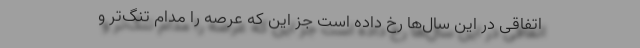
اتفاقی در این سال‌ها رخ داده است جز این که عرصه را مدام تنگ‌تر و